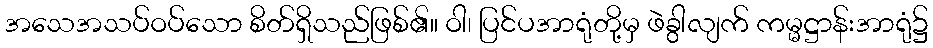
အသေအသပ်ဝပ်သော စိတ်ရှိသည်ဖြစ်၏။ ဝါ၊ ပြင်ပအာရုံတို့မှ ဖဲခွါလျက် ကမ္မဋ္ဌာန်းအာရုံ၌